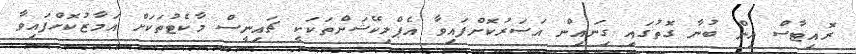
ރޮއިޓާސް އިން ބުނާ ގޮތުގައި ގިނައިން އަސަރުކޮށްފައިވާ އެޕްލިކޭޝަންތަކަކީ ޗައިނީސް މާކެޓުތަކަށް އަމާޒުކޮށްފައިވާ